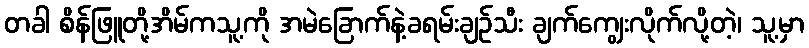
တခါ စိန်ဖြူတို့အိမ်ကသူ့ကို အမဲခြောက်နဲ့ခရမ်းချဉ်သီး ချက်ကျွေးလိုက်လို့တဲ့၊ သူ့မှာ